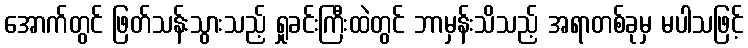
အောက်တွင် ဖြတ်သန်းသွားသည့် ရှုခင်းကြီးထဲတွင် ဘာမှန်းသိသည့် အရာတစ်ခုမှ မပါသဖြင့်